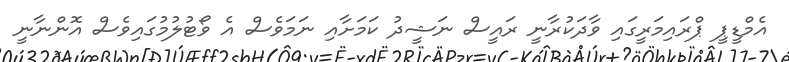
އެމްޑީޕީ ޕްރައިމަރީގައި ވާދަކުރާނީ ރައީސް ނަޝީދު ކަމަށާއި ނަމަވެސް އެ ވޯޓުލުމުގައިވެސް އޮންނާނީ